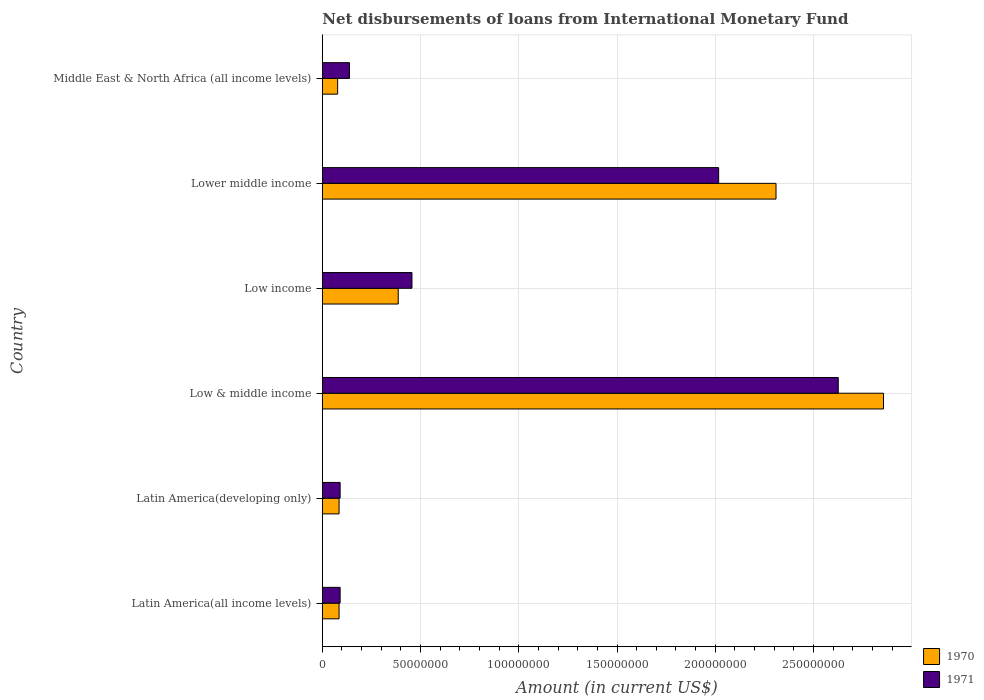
| Country | 1970 | 1971 |
 | --- | --- | --- |
 | Latin America(all income levels) | 8.52e+06 | 9.06e+06 |
 | Latin America(developing only) | 8.52e+06 | 9.06e+06 |
 | Low & middle income | 2.86e+08 | 2.63e+08 |
 | Low income | 3.86e+07 | 4.56e+07 |
 | Lower middle income | 2.31e+08 | 2.02e+08 |
 | Middle East & North Africa (all income levels) | 7.79e+06 | 1.38e+07 |